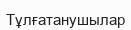
Тұлғатанушылар